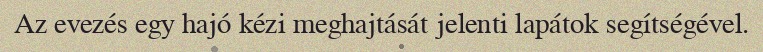
Az evezés egy hajó kézi meghajtását jelenti lapátok segítségével.